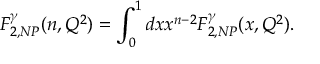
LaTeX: F _ { 2 , N P } ^ { \gamma } ( n , Q ^ { 2 } ) = \int _ { 0 } ^ { 1 } d x x ^ { n - 2 } F _ { 2 , N P } ^ { \gamma } ( x , Q ^ { 2 } ) .